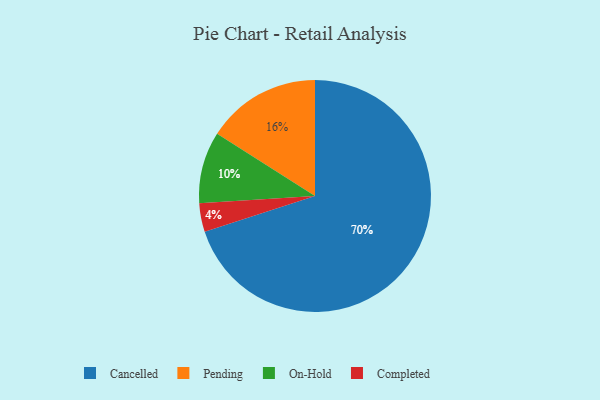
{"axis": {"x": "Category", "y": "Percentage"}, "legend": ["Cancelled", "Completed", "On-Hold", "Pending"], "data": [{"x": "Pending", "y": 16, "type": "Pending"}, {"x": "On-Hold", "y": 10, "type": "On-Hold"}, {"x": "Cancelled", "y": 70, "type": "Cancelled"}, {"x": "Completed", "y": 4, "type": "Completed"}]}